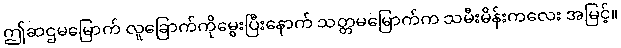
ဤဆဌမမြောက် လူခြောက်ကိုမွေးပြီးနောက် သတ္တမမြောက်က သမီးမိန်းကလေး အမြင့်။